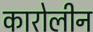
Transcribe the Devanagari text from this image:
कारोलीन